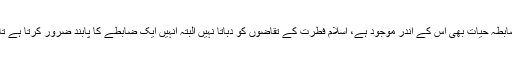
اسلام دینِ فطرت ہے اور فطرت سے متعلق ہر قسم کی آگہی اور اس کے متعلق ضابطہ حیات بھی اس کے اندر موجود ہے، اسلام فطرت کے تقاضوں کو دباتا نہیں البتہ انہیں ایک ضابطے کا پابند ضرور کرتا ہے تاکہ مخفی رکھنے والی باتیں مخفی رہیں اور اجاگر کرنیوالی باتیں اجاگر کی جائیں۔